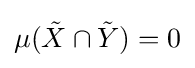
\mu ({\tilde {X}}\cap {\tilde {Y}})=0